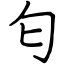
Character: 匂